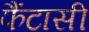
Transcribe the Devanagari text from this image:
फैंटासी